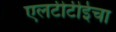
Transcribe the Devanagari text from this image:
एलटीटीईचा